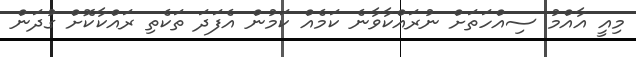
މިއީ އާއްމު ސިއްހަތަށް ނުރައްކާވާނެ ކަމެއް ކަމުން އެފަދަ ތަކެތި ރައްކާކޮށް ގުދަން